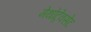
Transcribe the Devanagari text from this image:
मेथोट्रेक्सेट